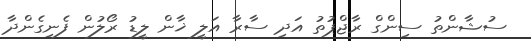
ސުޝާންތު ސިންގް ރާޖްޕުތު އަދި ސާރާ އަލީ ޚާން ލީޑު ރޯލުން ފެނިގެންދާ